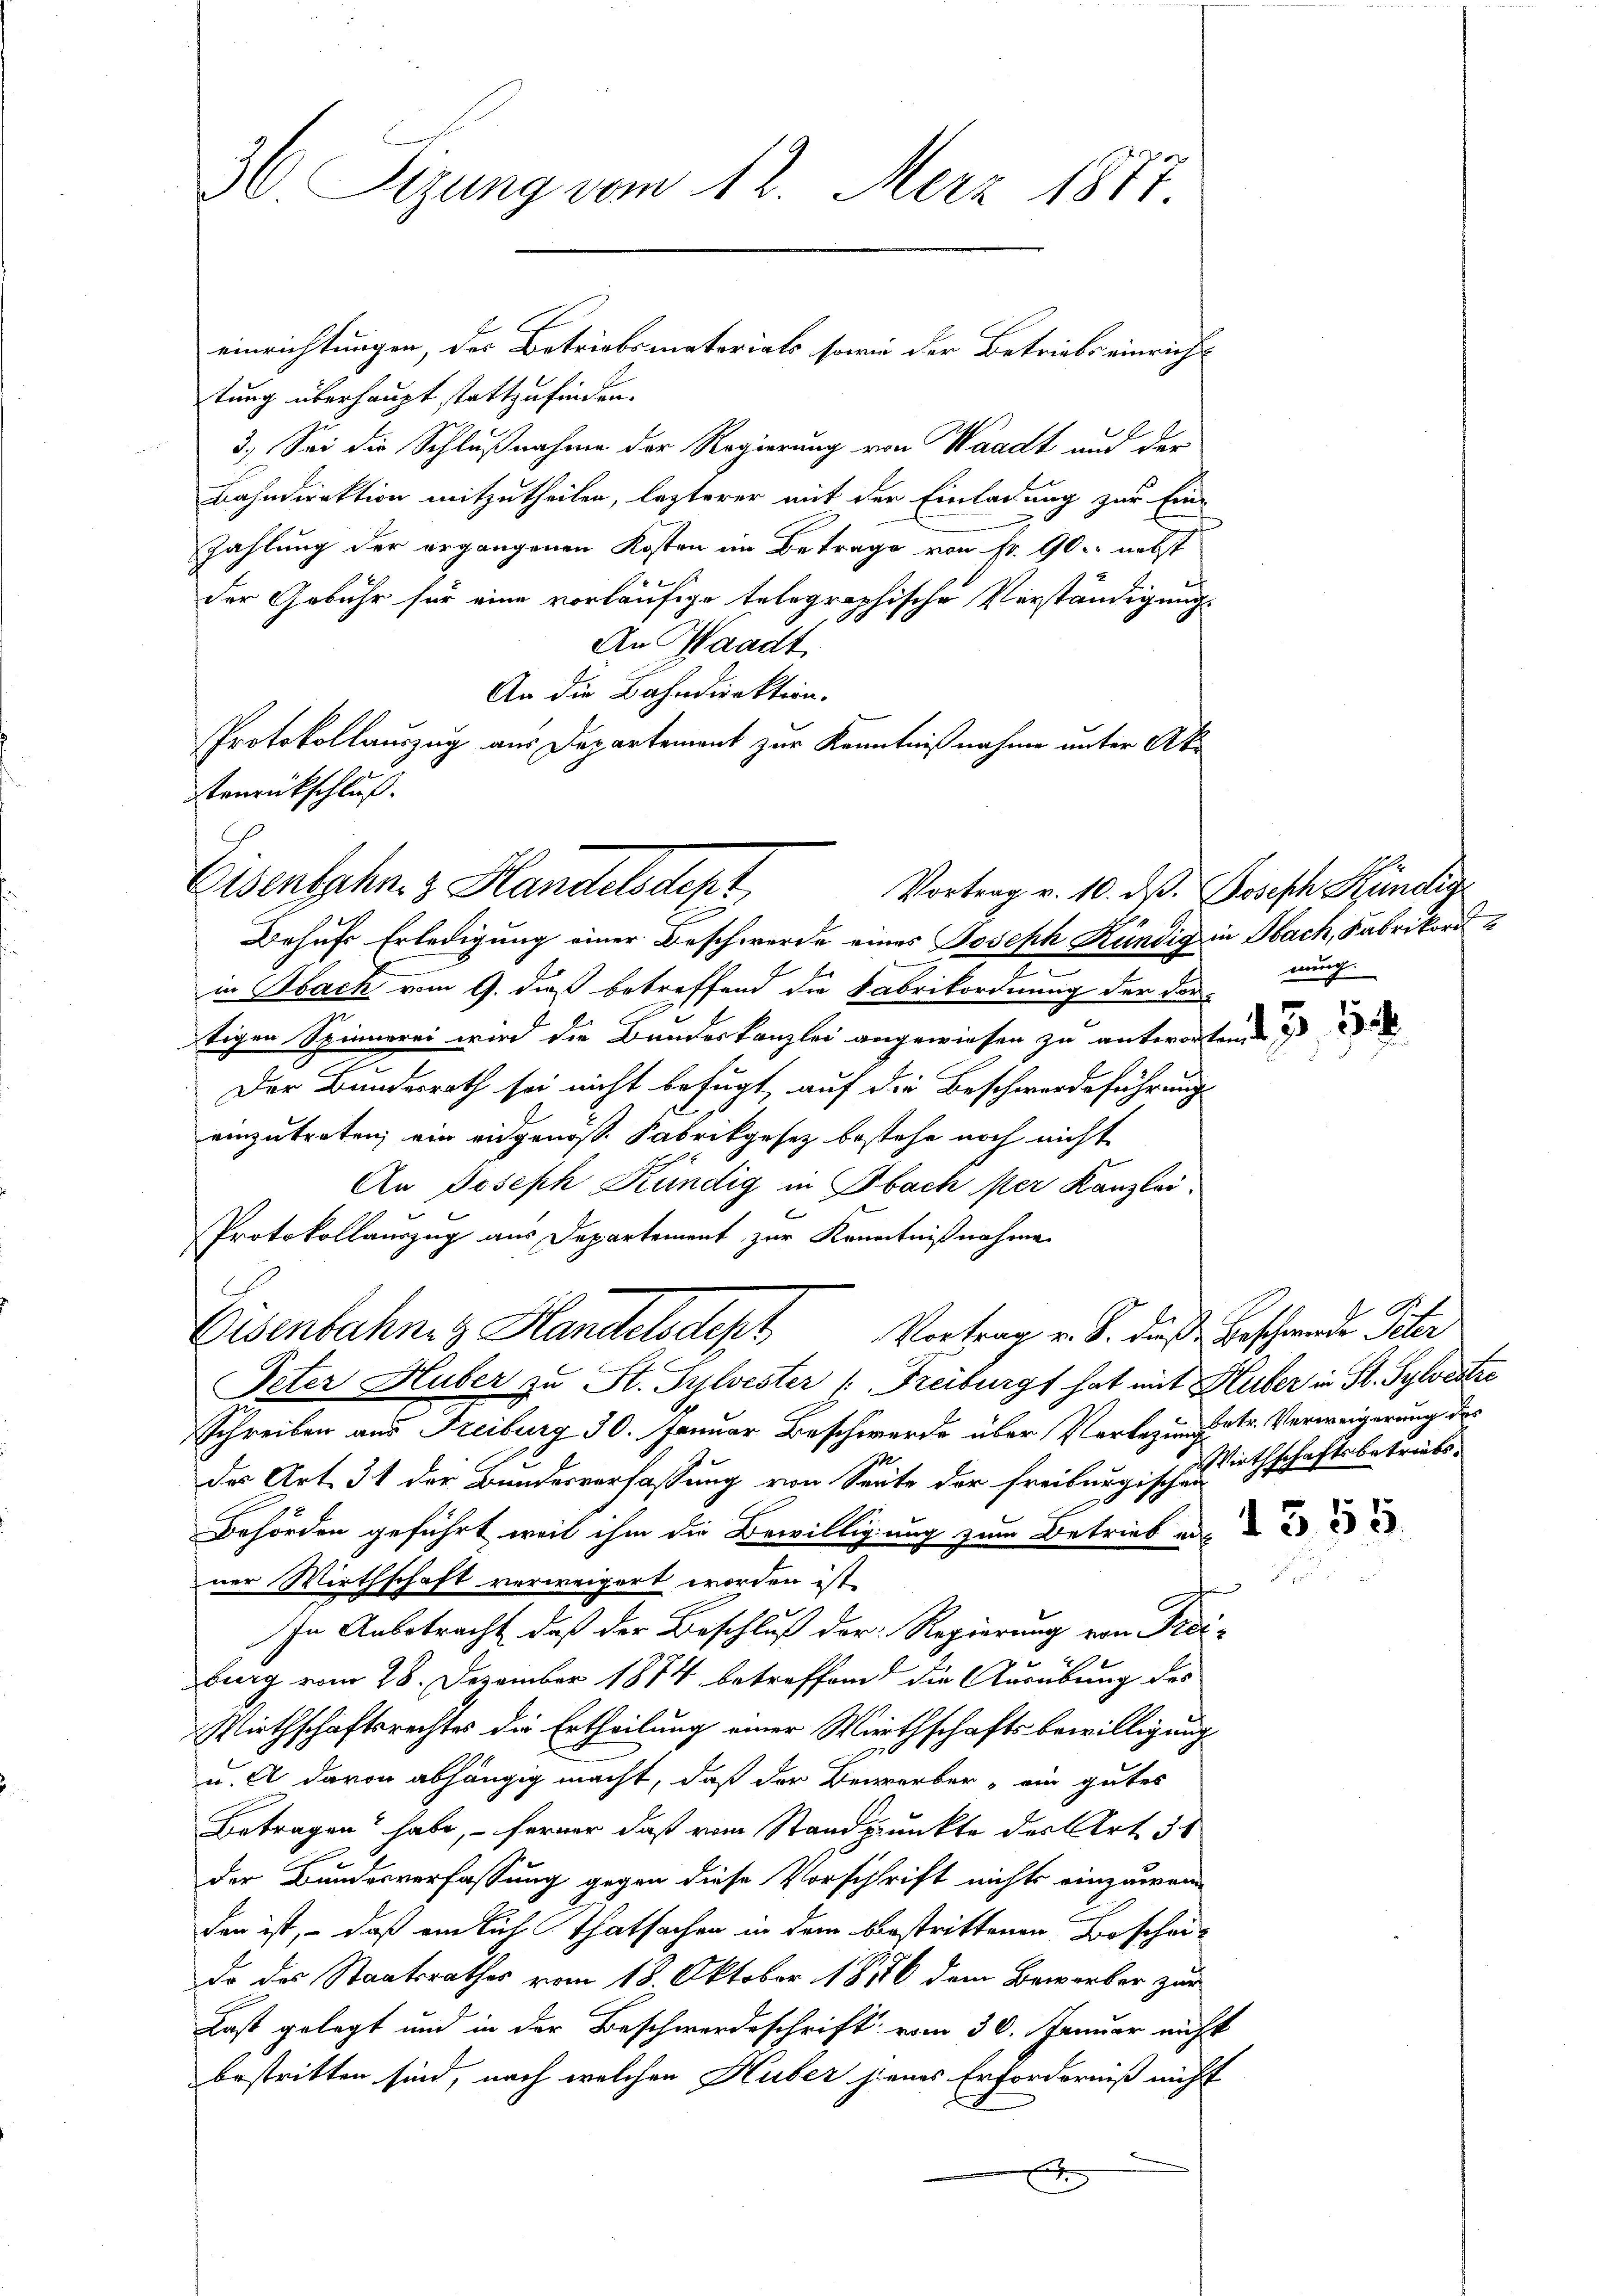
36 Sizung vom 12. Merz 1877.

einrichtungen, der Betriebsmaterials sowie der Betriebs einricht
tung überhaupt stattzufinden.
3.) Sei die Schlußnahme der Regierung von Waadt und der
Bahndirektion mitzutheilen, lezterer mit der Einladung zur Ein-
zahlung der ergangenen Kosten im Betrage von fr. 90. nebst
der Gebühr für eine vorläufige telegraphische Verständigung
An Waadt,
An die Bahndirektion.
Protokollauszug aus Departement zur Kenntnißnahme unter Akenrückschluß.

Eisentschaz Handelsdept

Behufs Erledigung einer Beschwerde eines Joseph Kündig in Sach, Fabrikord
in Bach vom 9. dieß betreffend die Fabrikordnung der darnung
tigen Spinnerei wird die Bandeskanzlei angewiesen zu antworten,
d
Der Bundesrath sei nicht befugt, auf die Beschwerdeführung
einzutreten, ein eidgenoß. Fabrikgesez bestehe noch nicht
An Joseph Kündig in Obach ster Kanzlei
Protokollauszug aus Departement zur Kenntnißnahme
Eisenbahnen Handelsdept
Peter Huber zu St. Sylvester (Freiburg hat mit Huber in St. Sylvestze
Schreiben aus Freiburg 30. Januar Beschwerde über Verlegungetr. Verweigerung des
der Art. 31 der Bundesverfassung von Seite der Freiburgische Wirthschaftsbetriebs-
Behörden geführt, weil ihm die Bewilligung zum Betrieb aus
ner Wirthschaft verweigert worden ist,
n
In Anbetracht, daß der Beschluß der Regierung von Frei-
burg vom 28. Dezember 1874 betreffend die Ausübung des
Wirthschaftsrechtes die Ertheilung einer Wirthschaftsbewilligung
u. A davon abhängig macht, daß der Bewerber ein gutes
Betragen habe, – ferner daß vom Standpunkte der Art. 31
der Bundesverfassung gegen diese Vorschrift nichts einzuwei
den ist, – daß einlich Thatsachen in dem bestrittenen Bescheido des Staatsrathes vom 18. Oktober 1856 dem Bewerber zur
Last gelegt und in der Beschwerdeschrift vom 30. Januar nicht
bestritten sind, nach welchen Huber jenes Erforderniß nicht
e
.
e

Vortrag v. 10. ds. Joseph Kündig

Vortrag v. S. dieße Beschwende Peter